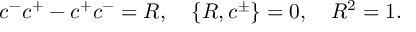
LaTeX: c ^ { - } c ^ { + } - c ^ { + } c ^ { - } = R , \quad \{ R , c ^ { \pm } \} = 0 , \quad R ^ { 2 } = 1 .